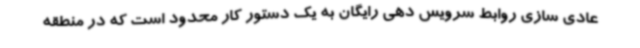
عادی سازی روابط سرویس دهی رایگان به یک دستور کار محدود است که در منطقه